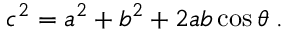
c ^ { 2 } = a ^ { 2 } + b ^ { 2 } + 2 a b \cos \theta \; .